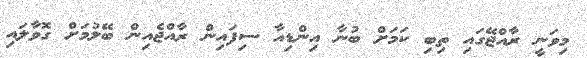
މިވަނީ ރާއްޖޭގައި ތިބި ކަމަށް ބުނާ އިންޑިއާ ސިފައިން ރާއްޖެއިން ބޭލުމަށް ގޮވާލައި